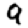
Digit: 9